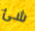
شئ